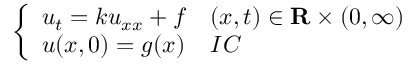
\left\{ \begin{array} { l l } { u _ { t } = k u _ { x x } + f } & { ( x , t ) \in \mathbf { R } \times ( 0 , \infty ) } \\ { u ( x , 0 ) = g ( x ) } & { I C } \end{array} \right.